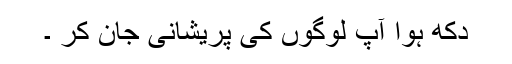
دکھ ہوا آپ لوگوں کی پریشانی جان کر ۔